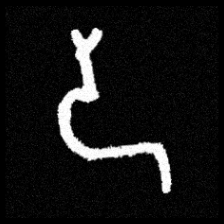
Pyu character \u2014 Myanmar letter: ဒ (romanized: da)